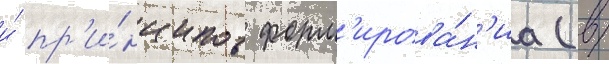
и́ пр'и́нципов форм'ирова́н'иа (в